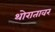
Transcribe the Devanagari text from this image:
थोरातावर